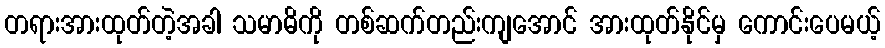
တရားအားထုတ်တဲ့အခါ သမာဓိကို တစ်ဆက်တည်းကျအောင် အားထုတ်နိုင်မှ ကောင်းပေမယ့်